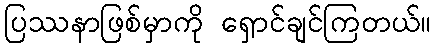
ပြဿနာဖြစ်မှာကို ရှောင်ချင်ကြတယ်။